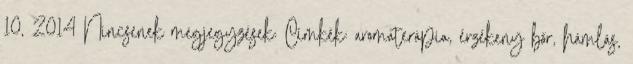
10, 2014 Nincsenek megjegyzések: Címkék: aromaterápia, érzékeny bőr, hámlás,